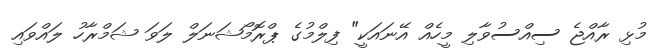
މުޅި ރާއްޖެ ސިއްސުވާލި މީހެއް އޭނައަކީ" ފިލްމުގެ ޕްރޮމޯޝަނަލް ލަވަ ޝަމްރާހު ލައްވައި